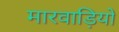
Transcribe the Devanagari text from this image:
मारवाड़ियो